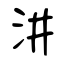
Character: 汫